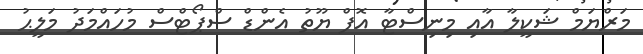
މަރްޔަމް ޝަކީލާ އާއި މިނިސްޓާ އޮފް ޔޫތު އެންޑް ސްޕޯޓްސް މުހައްމަދު މަލީޙު